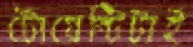
টোয়েন্টিটাই